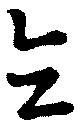
全